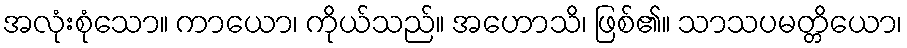
အလုံးစုံသော။ ကာယော၊ ကိုယ်သည်။ အဟောသိ၊ ဖြစ်၏။ သာသပမတ္တိယော၊